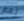
نعم